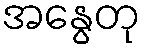
အနွေတု